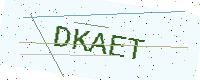
Text: DKAET